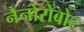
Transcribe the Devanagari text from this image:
नैनोरोबोट